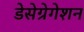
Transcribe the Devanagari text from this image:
डेसेग्रेगेशन